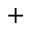
^ +